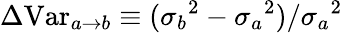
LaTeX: \Delta\mathrm{Var}_{a\rightarrow b}\equiv({\sigma_{b}}^{2}-{\sigma_{a}}^{2})/{\sigma_{a}}^{2}